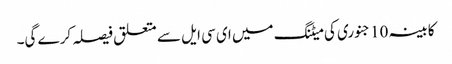
کابینہ 10 جنوری کی میٹنگ میں ای سی ایل سے متعلق فیصلہ کرے گی۔